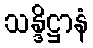
သန္ဒိဋ္ဌာနံ